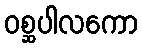
ဝစ္ဆပါလကော